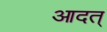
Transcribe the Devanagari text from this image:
आदत्